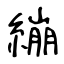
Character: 繃